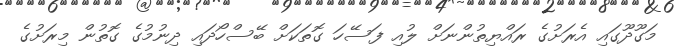
މަގޫދޫގައި އެރަށުގެ ރައްޔިތުންނަށް ލުއި ފަސޭހަ ގޮތަކަށް ބޭސްހޯދައި ދިނުމުގެ ގޮތުން މިރަށުގެ